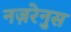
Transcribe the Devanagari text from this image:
नज़रेनुस